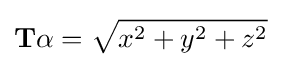
\mathbf {T} \alpha ={\sqrt {x^{2}+y^{2}+z^{2}}}